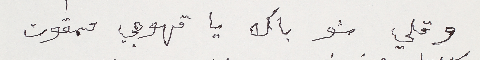
وقلي شو باك يا قهوجي ممقوت